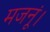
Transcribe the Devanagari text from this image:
मजनूं।